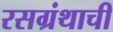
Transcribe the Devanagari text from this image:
रसग्रंथाची